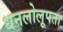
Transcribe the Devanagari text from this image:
धनलोलूपता